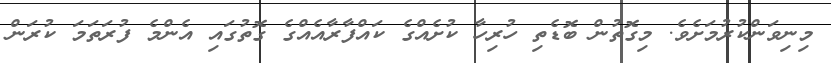
މިނިވަންކުރުމަށެވެ. މިގޮތުން ބޮޑެތި ހުރިހާ ކުށެއްގެ ކައްފާރާއެއްގެ ގޮތުގައި އެންމެ ފުރަތަމަ ކުރަން